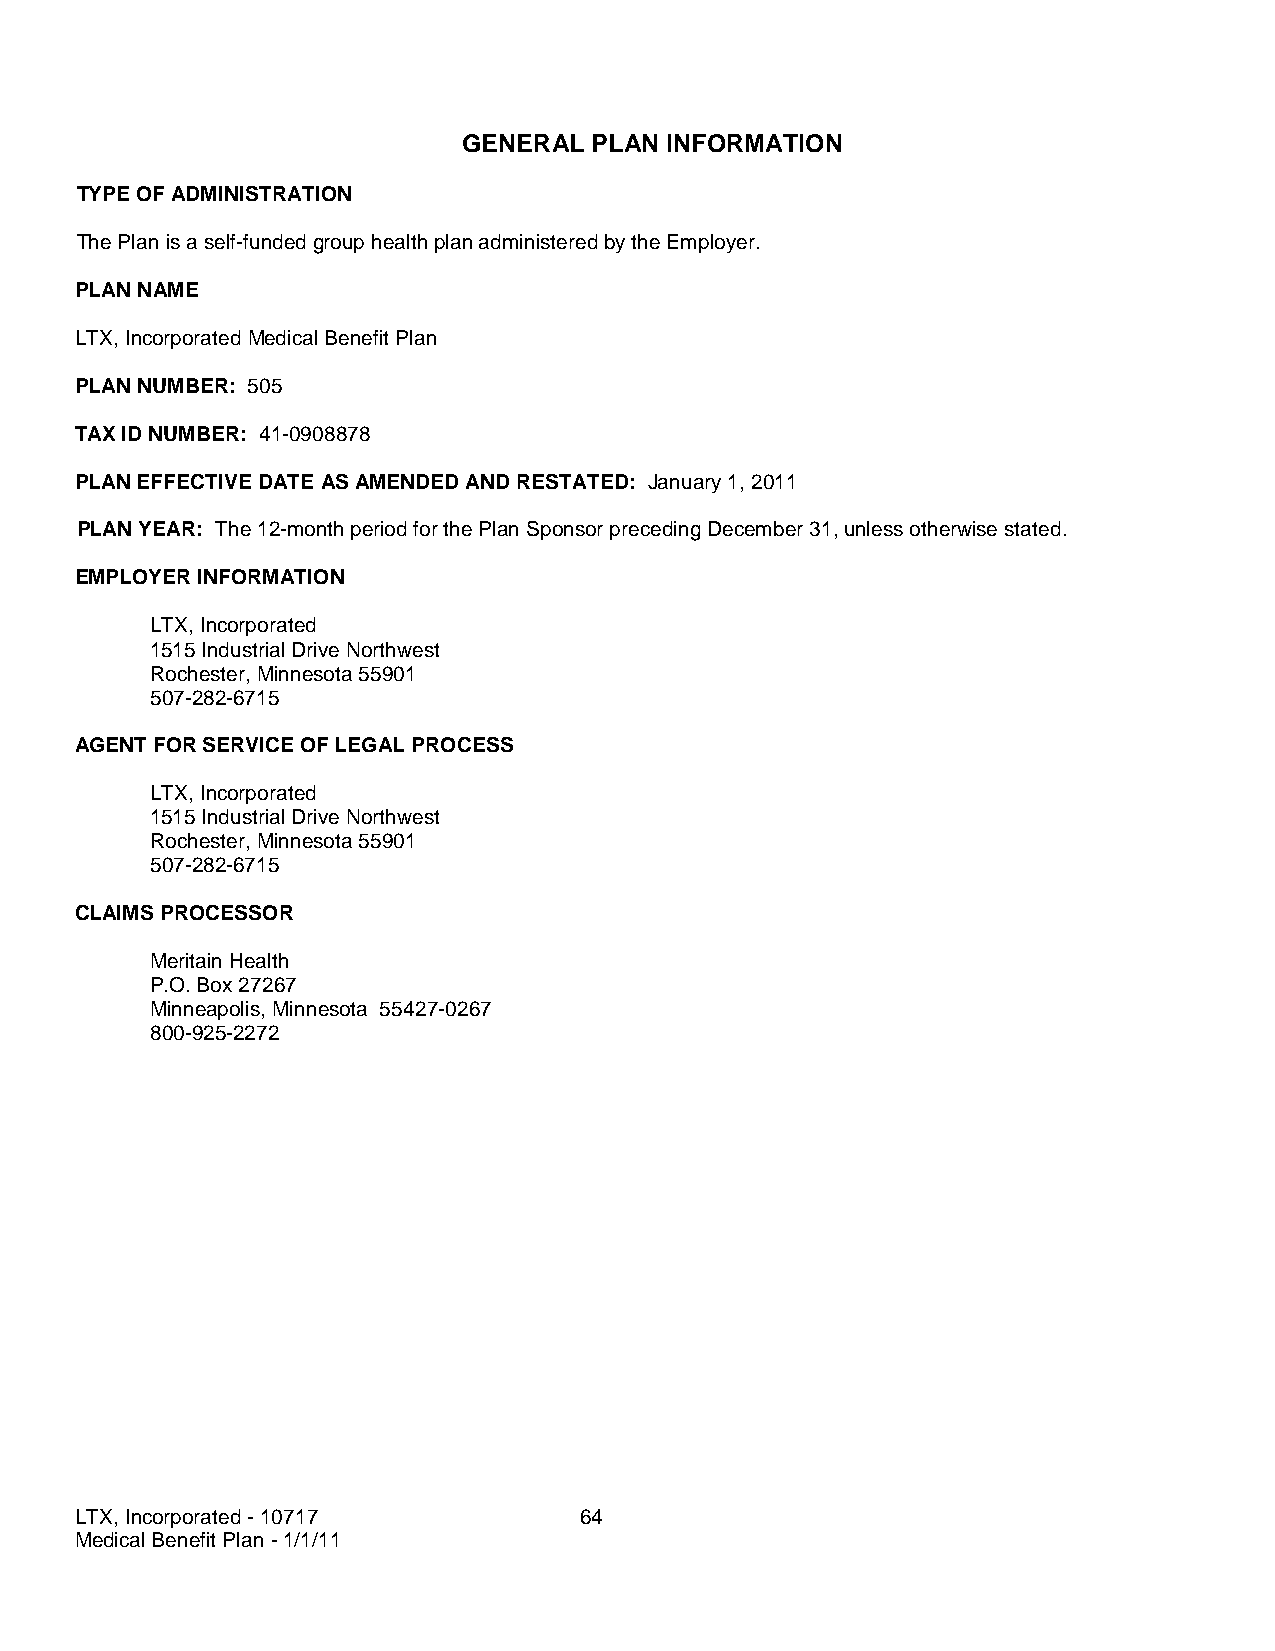
GENERAL PLAN INFORMATION
 TYPE OF ADMINISTRATION
 The Plan is a self-funded group health plan administered by the Employer.
 PLAN NAME
 LTX, Incorporated Medical Benefit Plan
 PLAN NUMBER: 505
 TAX ID NUMBER: 41-0908878
 PLAN EFFECTIVE DATE AS AMENDED AND RESTATED: January 1, 2011
 PLAN YEAR: The 12-month period for the Plan Sponsor preceding December 31, unless otherwise stated.
 EMPLOYER INFORMATION
 LTX, Incorporated
 1515 Industrial Drive Northwest
 Rochester, Minnesota 55901
 507-282-6715
 AGENT FOR SERVICE OF LEGAL PROCESS
 LTX, Incorporated
 1515 Industrial Drive Northwest
 Rochester, Minnesota 55901
 507-282-6715
 CLAIMS PROCESSOR
 Meritain Health
 P.O. Box 27267
 Minneapolis, Minnesota 55427-0267
 800-925-2272
 LTX, Incorporated - 10717        64
 Medical Benefit Plan - 1/1/11